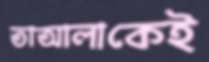
তাআলাকেই